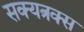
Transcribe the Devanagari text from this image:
सक्यत्रक्स